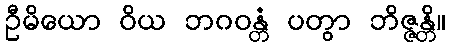
ဦမိယော ဝိယ ဘဂဝန္တံ ပတွာ ဘိဇ္ဇန္တိ။